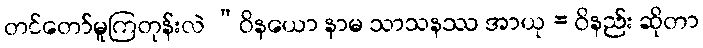
တင်တော်မူကြတုန်းလဲ “ဝိနယော နာမ သာသနဿ အာယု = ဝိနည်း ဆိုတာ